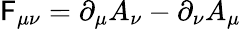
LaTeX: \mathsf{F}_{\mu\nu}=\partial_{\mu}A_{\nu}-\partial_{\nu}A_{\mu}